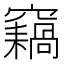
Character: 𥨸